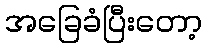
အခြေခံပြီးတော့